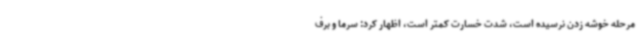
مرحله خوشه زدن نرسیده است، شدت خسارت کمتر است، اظهار کرد: سرما و برف